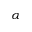
_ \alpha